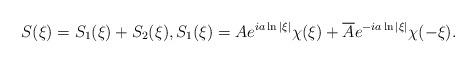
LaTeX: \begin{align*}S(\xi)=S_1(\xi) + S_2(\xi),S_1(\xi)=Ae^{ia\ln|\xi|}\chi(\xi) + \overline{A}e^{-ia\ln|\xi|}\chi(-\xi).\end{align*}